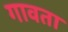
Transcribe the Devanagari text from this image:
गावता